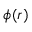
\phi ( r )